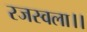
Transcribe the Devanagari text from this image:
रजस्वला।।